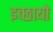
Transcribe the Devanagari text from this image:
इच्छायो